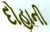
દોહાની